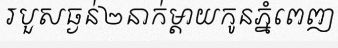
របួសធ្ងន់២នាក់ម្តាយកូនភ្នំពេញ